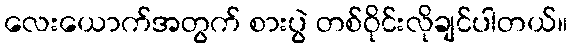
လေးယောက်အတွက် စားပွဲ တစ်ဝိုင်းလိုချင်ပါတယ်။